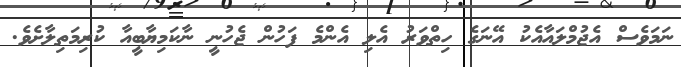
ނަމަވެސް އެޖުމްލައާއެކު އޭނަގެ ހިތްވަރު އެލި އެންމެ ފަހުން ޖެހުނީ ނާކަމިޔާބީއާ ކުރިމަތިލާށެވެ.